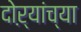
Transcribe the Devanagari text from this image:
दोऱ्यांच्या